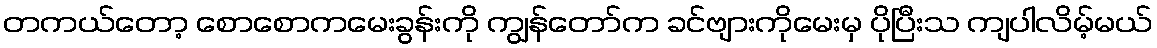
တကယ်တော့ စောစောကမေးခွန်းကို ကျွန်တော်က ခင်ဗျားကိုမေးမှ ပိုပြီးသ ကျပါလိမ့်မယ်